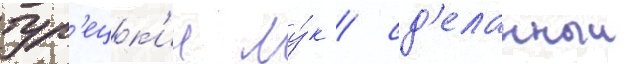
тур'ецк'ии лу́к / сд'еланныи